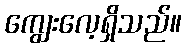
ကျွေးလေ့ရှိသည်။